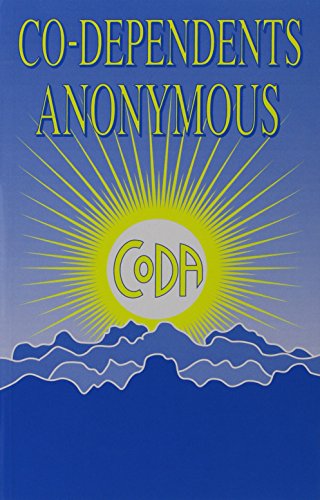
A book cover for Co-Dependents Anonymous; CoDA; Humor & Entertainment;